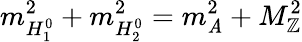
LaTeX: m_{H_{1}^{0}}^{2}+m_{H_{2}^{0}}^{2}=m_{\mathit{A}}^{2}+M_{\mathbb{Z}}^{2}